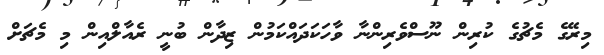
މިރޭގެ މެޗުގެ ކުރިން ނޫސްވެރިންނާ ވާހަކަދައްކަމުން ޒިދާން ބުނީ ރެއާލްއިން މި މެޗަށް